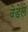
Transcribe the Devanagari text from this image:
वेडेले